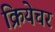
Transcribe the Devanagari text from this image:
क्रियेचर